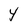
Character: Y